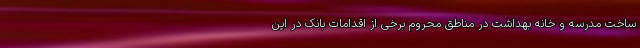
ساخت مدرسه و خانه بهداشت در مناطق محروم برخی از اقدامات بانک در این